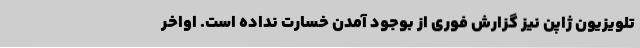
تلویزیون ژاپن نیز گزارش فوری از بوجود آمدن خسارت نداده است. اواخر